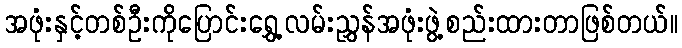
အဖုံးနှင့်တစ်ဦးကိုပြောင်းရွှေ့လမ်းညွှန်အဖုံးဖွဲ့စည်းထားတာဖြစ်တယ်။